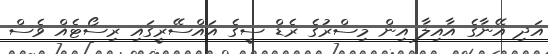
އަދި އޭނާގެ އާއިލާ އިން މިސްރުގެ ރެޑް ސީގެ އައްސޭރީގައި ރިސޯޓެއް ވެސް